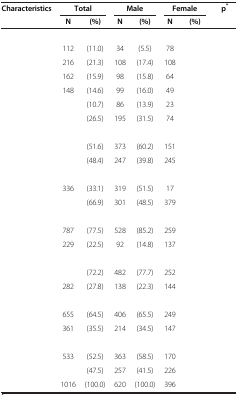
<table><thead><tr><td rowspan="2"><b>Characteristics</b></td><td colspan="2"><b>Total</b></td><td colspan="2"><b>Male</b></td><td colspan="2"><b>Female</b></td><td rowspan="2"><b>p<sup>*</sup></b></td></tr><tr><td><b>N</b></td><td><b>(%)</b></td><td><b>N</b></td><td><b>(%)</b></td><td><b>N</b></td><td><b>(%)</b></td></tr></thead><tbody><tr><td colspan="8">[EMPTY_CELL]</td></tr><tr><td>[EMPTY_CELL]</td><td>112</td><td>(11.0)</td><td>34</td><td>(5.5)</td><td>78</td><td>[EMPTY_CELL]</td><td>[EMPTY_CELL]</td></tr><tr><td>[EMPTY_CELL]</td><td>216</td><td>(21.3)</td><td>108</td><td>(17.4)</td><td>108</td><td>[EMPTY_CELL]</td><td>[EMPTY_CELL]</td></tr><tr><td>[EMPTY_CELL]</td><td>162</td><td>(15.9)</td><td>98</td><td>(15.8)</td><td>64</td><td>[EMPTY_CELL]</td><td>[EMPTY_CELL]</td></tr><tr><td>[EMPTY_CELL]</td><td>148</td><td>(14.6)</td><td>99</td><td>(16.0)</td><td>49</td><td>[EMPTY_CELL]</td><td>[EMPTY_CELL]</td></tr><tr><td>[EMPTY_CELL]</td><td>[EMPTY_CELL]</td><td>(10.7)</td><td>86</td><td>(13.9)</td><td>23</td><td>[EMPTY_CELL]</td><td>[EMPTY_CELL]</td></tr><tr><td>[EMPTY_CELL]</td><td>[EMPTY_CELL]</td><td>(26.5)</td><td>195</td><td>(31.5)</td><td>74</td><td>[EMPTY_CELL]</td><td>[EMPTY_CELL]</td></tr><tr><td colspan="8">[EMPTY_CELL]</td></tr><tr><td>[EMPTY_CELL]</td><td>[EMPTY_CELL]</td><td>(51.6)</td><td>373</td><td>(60.2)</td><td>151</td><td>[EMPTY_CELL]</td><td>[EMPTY_CELL]</td></tr><tr><td>[EMPTY_CELL]</td><td>[EMPTY_CELL]</td><td>(48.4)</td><td>247</td><td>(39.8)</td><td>245</td><td>[EMPTY_CELL]</td><td>[EMPTY_CELL]</td></tr><tr><td colspan="8">[EMPTY_CELL]</td></tr><tr><td>[EMPTY_CELL]</td><td>336</td><td>(33.1)</td><td>319</td><td>(51.5)</td><td>17</td><td>[EMPTY_CELL]</td><td>[EMPTY_CELL]</td></tr><tr><td>[EMPTY_CELL]</td><td>[EMPTY_CELL]</td><td>(66.9)</td><td>301</td><td>(48.5)</td><td>379</td><td>[EMPTY_CELL]</td><td>[EMPTY_CELL]</td></tr><tr><td colspan="8">[EMPTY_CELL]</td></tr><tr><td>[EMPTY_CELL]</td><td>787</td><td>(77.5)</td><td>528</td><td>(85.2)</td><td>259</td><td>[EMPTY_CELL]</td><td>[EMPTY_CELL]</td></tr><tr><td>[EMPTY_CELL]</td><td>229</td><td>(22.5)</td><td>92</td><td>(14.8)</td><td>137</td><td>[EMPTY_CELL]</td><td>[EMPTY_CELL]</td></tr><tr><td colspan="8">[EMPTY_CELL]</td></tr><tr><td>[EMPTY_CELL]</td><td>[EMPTY_CELL]</td><td>(72.2)</td><td>482</td><td>(77.7)</td><td>252</td><td>[EMPTY_CELL]</td><td>[EMPTY_CELL]</td></tr><tr><td>[EMPTY_CELL]</td><td>282</td><td>(27.8)</td><td>138</td><td>(22.3)</td><td>144</td><td>[EMPTY_CELL]</td><td>[EMPTY_CELL]</td></tr><tr><td colspan="8">[EMPTY_CELL]</td></tr><tr><td>[EMPTY_CELL]</td><td>655</td><td>(64.5)</td><td>406</td><td>(65.5)</td><td>249</td><td>[EMPTY_CELL]</td><td>[EMPTY_CELL]</td></tr><tr><td>[EMPTY_CELL]</td><td>361</td><td>(35.5)</td><td>214</td><td>(34.5)</td><td>147</td><td>[EMPTY_CELL]</td><td>[EMPTY_CELL]</td></tr><tr><td colspan="8">[EMPTY_CELL]</td></tr><tr><td>[EMPTY_CELL]</td><td>533</td><td>(52.5)</td><td>363</td><td>(58.5)</td><td>170</td><td>[EMPTY_CELL]</td><td>[EMPTY_CELL]</td></tr><tr><td>[EMPTY_CELL]</td><td>[EMPTY_CELL]</td><td>(47.5)</td><td>257</td><td>(41.5)</td><td>226</td><td>[EMPTY_CELL]</td><td>[EMPTY_CELL]</td></tr><tr><td>[EMPTY_CELL]</td><td>1016</td><td>(100.0)</td><td>620</td><td>(100.0)</td><td>396</td><td>[EMPTY_CELL]</td><td>[EMPTY_CELL]</td></tr></tbody></table>